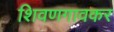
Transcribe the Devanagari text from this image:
शिवणगावकर